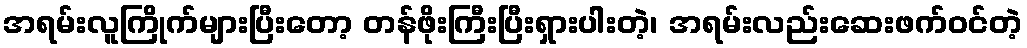
အရမ်းလူကြိုက်များပြီးတော့ တန်ဖိုးကြီးပြီးရှားပါးတဲ့၊ အရမ်းလည်းဆေးဖက်ဝင်တဲ့